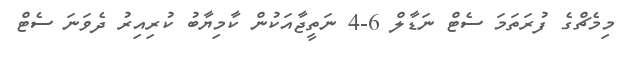
މިމެޗްގެ ފުރަތަމަ ސެޓް ނަޑާލް 6-4 ނަތީޖާއަކުން ކާމިޔާބު ކުރިއިރު ދެވަނަ ސެޓް